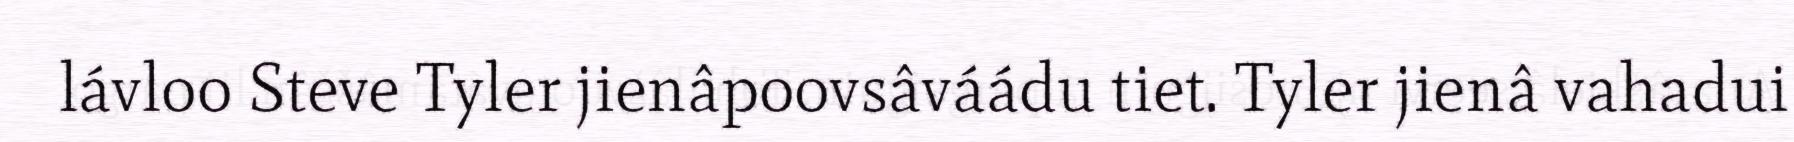
lávloo Steve Tyler jienâpoovsâváádu tiet. Tyler jienâ vahadui